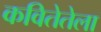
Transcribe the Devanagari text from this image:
कवितेतेला